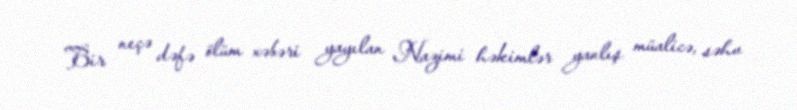
Bir neçə dəfə ölüm xəbəri yayılan Nazimi həkimlər yanlış müalicə, səhv